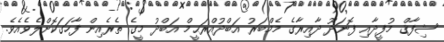
ޝިފާޤް މުފީދާއި ފޮނަދޫ ދާއިރާގެ މެމްބަރު އަބްދުއްރަޙީމް އަބްދު މީގެ ތެރެއިން ފާހަގަކޮށްލެވެއެވެ.